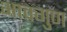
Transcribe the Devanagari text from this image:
भावगुण